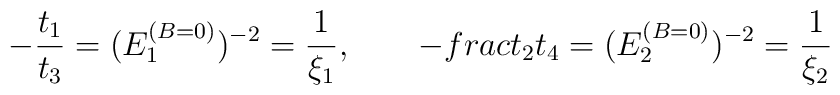
-{\frac{t_{1}}{t_{3}}}=(E_{1}^{(B=0)})^{-2}={\frac{1}{\xi _{1}}},\qquad -{\\frac{t_{2}}{t_{4}}}=(E_{2}^{(B=0)})^{-2}={\frac{1}{\xi _{2}}}